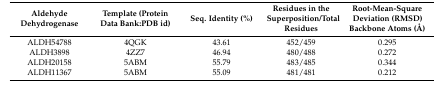
<table><thead><tr><td><b>Aldehyde Dehydrogenase</b></td><td><b>Template (Protein Data Bank:PDB id)</b></td><td><b>Seq. Identity (%)</b></td><td><b>Residues in the Superposition/Total Residues</b></td><td><b>Root-Mean-Square Deviation (RMSD) Backbone Atoms (Å)</b></td></tr></thead><tbody><tr><td>ALDH54788</td><td>4QGK</td><td>43.61</td><td>452/459</td><td>0.295</td></tr><tr><td>ALDH3898</td><td>4ZZ7</td><td>46.94</td><td>480/488</td><td>0.272</td></tr><tr><td>ALDH20158</td><td>5ABM</td><td>55.79</td><td>483/485</td><td>0.344</td></tr><tr><td>ALDH11367</td><td>5ABM</td><td>55.09</td><td>481/481</td><td>0.212</td></tr></tbody></table>